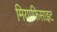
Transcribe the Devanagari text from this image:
मियाफिसाइट